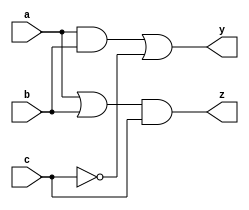
module combinational_logic (
    input wire a,
    input wire b,
    input wire c,
    output reg y,
    output reg z
);

// Task definition for combinational logic
task update_outputs;
    input wire a_in;
    input wire b_in;
    input wire c_in;
    begin
        // Combinational logic using blocking assignments
        y = (a_in & b_in) | (~c_in); // Example logic for output y
        z = (a_in | b_in) & c_in;    // Example logic for output z
    end
endtask

// Always block for combinational logic
always @(*) begin
    // Initialize outputs to avoid unknown states
    y = 1'b0;
    z = 1'b0;
    
    // Call the task to update outputs based on inputs
    update_outputs(a, b, c);
end

endmodule